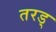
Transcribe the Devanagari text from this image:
तरड्